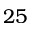
2 5